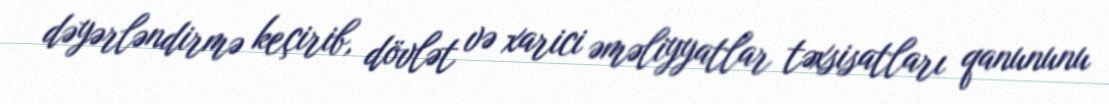
dəyərləndirmə keçirib, dövlət və xarici əməliyyatlar təxsisatları qanununu